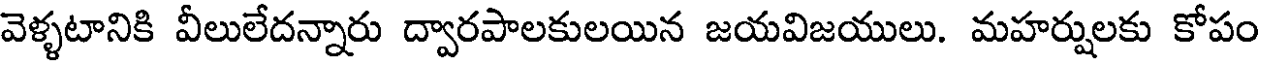
వెళ్ళటానికి వీలులేదన్నారు ద్వారపాలకులయిన జయవిజయులు. మహర్షులకు కోపం